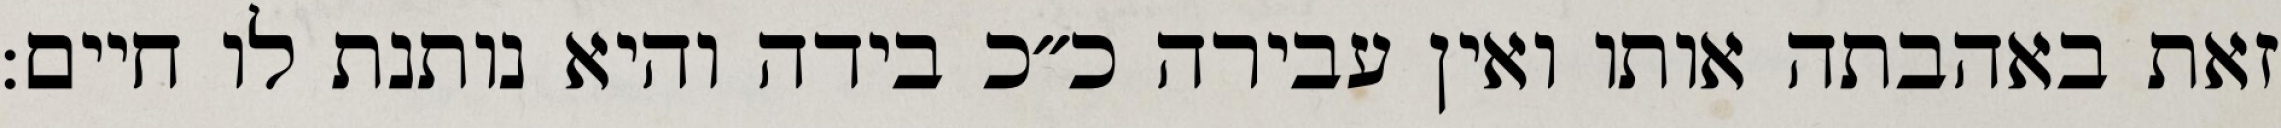
זאת באהבתה אותו ואין עבירה כ״כ בידה והיא נותנת לו חיים: